Report of the Indian Hemp Drugs Commission, 1894-1895 - Volume III
Year: 1894
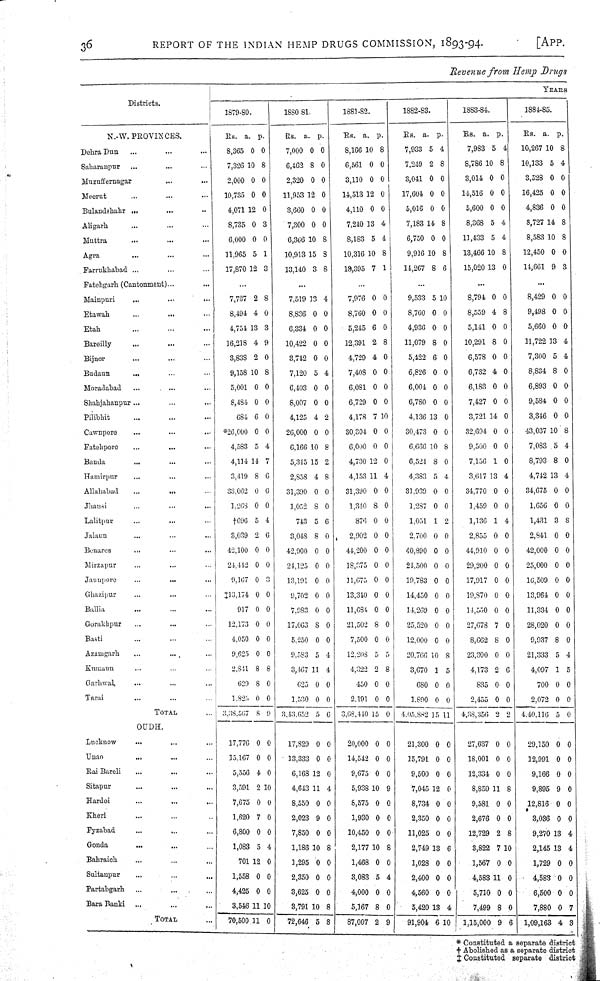
36
REPORT OF THE INDIAN HEMP DRUGS COMMISSION, 1893-94.
[APP.
Revenue from Hemp Drugs
Districts.
YEARS.
Districts.
1879-80.
1880-81.
1881-82.
1882-83.
1883-84.
1884-85.
N.-W. PROVINCES.
Rs. a. p.
Rs. a. p.
Rs. a. p.
Rs. a. p.
Rs.
a. p.
Rs.
a. p.
Dehra Dun
8,365 0 0
7,000 0 0
8,166 10 8
7,933 5 4
7,983 5 4
10,267 1 0 8
Saharanpur
7,326 10 8
6,462 8 0
6,561 0 0
7,249 2 8
8,786 1 0 8
10,133 5 4
Muzuffernagar
2,000 0 0
2,320 0 0
3,110 0 0
3,041 0 0
3,014 0 0
3,528 0 0
Meerut
10,735 0 0
11,953 12 0
14,513 12 0
17,604 0 0
14,516 0 0
16,425 0 0
Bulandshahr
4,071 12 0
3,660 0 0
4,110 0 0
5,016 0 0
5,600 0 0
4,836 0 0
Aligarb
8,735 0 3
7,300 0 0
7,210 13 4
7,183 14 8
8,368 5 4
8,727 14 8
Muttra
6,000 0 0
6,366 10 8
8,183 5 4
6,750 0 0
11,433 5 4
8,583 10 8
Agra
11,965 5 1
10,913 15 8
10,316 10 8
9,916 10 8
13,466 10 8
12,450 0 0
Farrukhabad
17,870 12 3
13,140 3 8
13,395 7 1
14,267 8 6
15,020 13 0
14,661 9 3
Fatehgarh (Cantonment)
Mainpuri
7,737 2 8
7,519 13 4
7,976 0 0
9,533 5 10
8,794 0 0
8,429 0 0
Etawah
8,494 4 0
8,836 0 0
8,760 0 0
8,760 0 0
8,559 4 8
9,498 0 0
Etah
4,754 13 3
6,334 0 0
5,245 6 0
4,936 0 0
5,141 0 0
5,660 0 0
Bareilly
16,218 4 9
10,422 0 0
12,391 2 8
11,079 8 0
10,291 8 0
11,722 13 4
Bijnor
3,838 2 0
3,742 0 0
4,729 4 0
5,422 6 0
6,578 0 0
7,300 5 4
Budaun
9,158 10 8
7,120 5 4
7,408 0 0
6,826 0 0
6,732 4 0
8,834 8 0
Moradabad
5,001 0 0
6,403 0 0
6,081 0 0
6,004 0 0
6,183 0 0
6,893 0 0
Shahjahanpur
8,484 0 0
8,007 0 0
6,729 0 0
6,780 0 0
7,427 0 0
9,584 0 0
Pilibhit
684 6 0
4,125 4 2
4,178 7 10
4,136 13 0
3,721 14 0
3,346 0 0
Cawnpore
*26,000 0 0
26,000 0 0
30,304 0 0
30,473 0 0
32,694 0 0
43,037 10 8
Fatehpore
4,583 5 4
6,166 10 8
6,000 0 0
6,666 10 8
9,500 0 0
7,083 5 4
Banda
4,114 14 7
5,345 15 2
4,730 12 0
6,524 8 0
7,156 1 0
8,793 8 0
Hamirpur
3,419 8 6
2,858 4 8
4,153 11 4
4,383 5 4
3,617 13 4
4,742 13 4
Allahabad
33,062 0 6
31,390 0 0
31,390 0 0
31,939 0 0
34,770 0 0
34,675 0 0
Jhansi
1,268 0 0
1,052 8 0
1,340 8 0
1,287 0 0
1,459 0 0
1,656 0 0
Lalitpur
†696 5 4
743 5 6
876 0 0
1,051 1 2
1,136 1 4
1,431 3 8
Jalaun
3,039 2 6
3,048 8 0
2,902 0 0
2,700 0 0
2,855 0 0
2,841 0 0
Benares
42,100 0 0
42,900 0 0
44,200 0 0
40,890 0 0
44,910 0 0
42,000 0 0
Mirzapur
24,442 0 0
24,125 0 0
18,375 0 0
21,500 0 0
29,200 0 0
25,000 0 0
Jaunpore
9,167 0 3
13,191 0 0
11,675 0 0
10,783 0 0
17,917 0 0
16,509 0 0
Ghazipur
‡13,174 0 0
9,702 0 0
13,340 0 0
14,450 0 0
19,870 0 0
13,964 0 0
Ballia
917 0 0
7,983 0 0
11,684 0 0
14,269 0 0
14,550 0 0
11,334 0 0
Gorakhpur
12,173 0 0
17,063 8
0
21,502 8 0
25,520 0 0
27,678 7 0
28,020 0 0
Basti
4,050 0 0
5,250 0 0
7,500 0 0
12,000 0 0
8,662 8 0
9,937 8 0
Azamgarh
9,625 0 0
9,583 5 4
12,208 5 5
20,766 10 8
23,300 0 0
21,333 5 4
Kumaun
2,841 8 8
3,467 11 4
4,322 2 8
3,670 1 5
4,173 2 6
4,097 1 5
Garhwal
629 8 0
625 0 0
450 0 0
680 0 0
835 0 0
700 0 0
Tarai
1,825 0 0
1,530 0 0
2,191 0 0
1,890 0 0
2,455 0 0
2,072 0 0
TOTAL
OUDH.
3,38,567 8 9
3,43,652 5 6
3,68,440 15 0
4,05,882 15 11 4,38,356 2 2 4,40,116 5 0
TOTAL
OUDH.
Lucknow
17,776 0 0
17,829 0 0
20,000 0 0
21,300 0 0
27,637 0 0
29,150 0 0
Unao
15,167 0 0
13,333 0 0
14,542 0 0
15,791 0 0
18,001 0 0
12,991 0 0
Rai Bareli
5,556 4 0
6,168 12 0
9,675 0 0
9,500 0 0
12,334 0 0
9,166 0 0
Sitapur
3,591 2 10
4,643 11 4
5,938 10 9
7,045 12 0
8,859 11 8
9,895 9 0
Hardoi
7,675 0 0
8,550 0 0
8,575 0 0
8,734 0 0
9,581 0 0
12,816 0 0
Kheri
1,620 7 0
2,023 9 0
1,930 0 0
2,350 0 0
2,676 0 0
3,036 0 0
Fyzabad
6,800 0 0
7,850 0 0
10,450 0 0
11,025 0 0
12,729 2 8
9,270 13 4
Gonda
1,083 5 4
1,186 10 8
2,177 10 8
2,749 13 6
3,822 7 10
2,145 13 4
Bahraich
701 12 0
1,295 0 0
1,468 0 0
1,028 0 0
1,567 0 0
1,729 0 0
Sultanpur
1,558 0 0
2,350 0 0
3,083 5 4
2,400 0 0
4,583 11 0
4,583 0 0
Partabgarh
4,425 0 0
3,625 0 0
4,000 0 0
4,560 0 0
5,710 0 0
6,500 0 0
Bara Banki
3,546 11 10
3,791 10 8
5,167 8 0
5,420 13 4
7,499 8 0
7,880 0 7
TOTAL
70,500 11 0
72,646 5 8
87,007 2 9
91,904 6 10
1,15,000 9 6
1,09,163 4 3
* Constituted a separate district
† Abolished as a separate distriot
‡ Constituted separate distriot